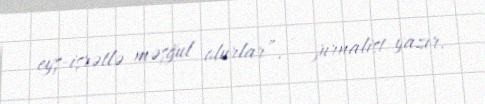
eyş-işrətlə məşğul olurlar”, - jurnalist yazır.